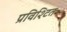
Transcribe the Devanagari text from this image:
प्रविश्टित